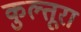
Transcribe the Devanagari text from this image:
कुल्तूरा